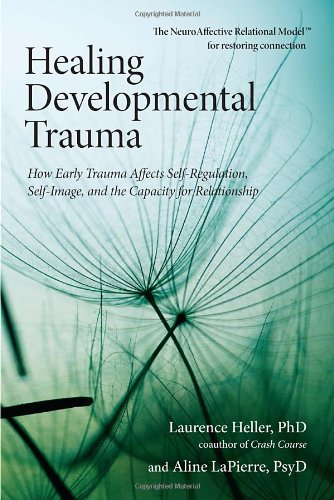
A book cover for Healing Developmental Trauma: How Early Trauma Affects Self-Regulation, Self-Image, and the Capacity for Relationship; Laurence Heller Ph.D.; Self-Help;